Annual administration report of the Civil Veterinary Department of India - 1893-1894
Year: 1893
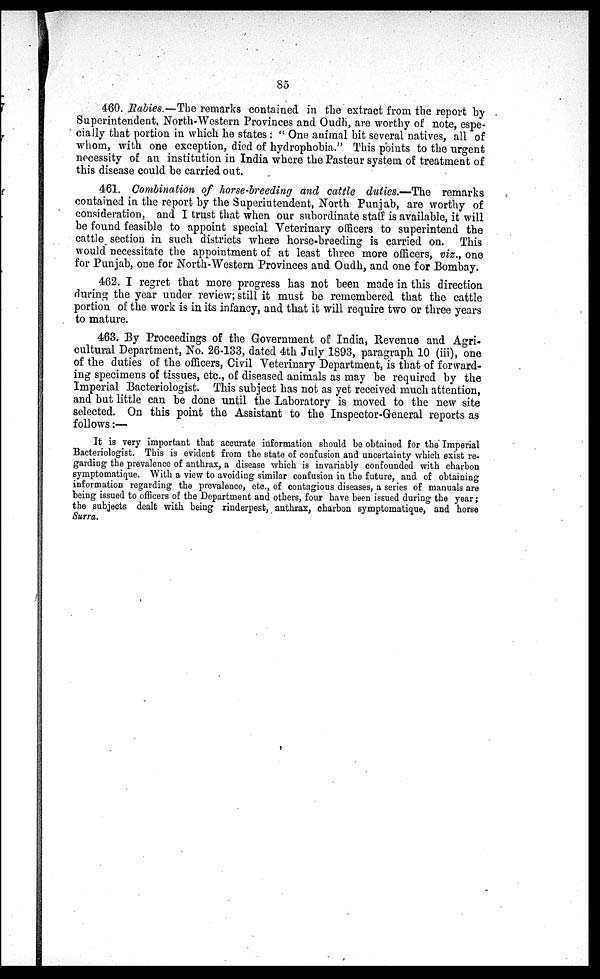
85
460. Rabies.—The remarks contained in the extract from the report by
Superintendent, North-Western Provinces and Oudh, are worthy of note, espe-
cially that portion in which he states : " One animal bit several natives, all of
whom, with one exception, died of hydrophobia." This points to the urgent
necessity of an institution in India where the Pasteur system of treatment of
this disease could be carried out.
461. Combination of horse-breeding and cattle duties.—The remarks
contained in the report by the Superintendent, North Punjab, are worthy of
consideration, and I trust that when our subordinate staff is available, it will
be found feasible to appoint special Veterinary officers to superintend the
cattle section in such districts where horse-breeding is carried on. This
would necessitate the appointment of at least three more officers, viz., one
for Punjab, one for North-Western Provinces and Oudh, and one for Bombay.
462. I regret that more progress has not been made in this direction
during the year under review; still it must be remembered that the cattle
portion of the work is in its infancy, and that it will require two or three years
to mature.
463. By Proceedings of the Government of India, Revenue and Agri-
cultural Department, No. 26-133, dated 4th July 1893, paragraph 10 (iii), one
of the duties of the officers, Civil Veterinary Department, is that of forward-
ing specimens of tissues, etc., of diseased animals as may be required by the
Imperial Bacteriologist. This subject has not as yet received much attention,
and but little can be done until the Laboratory is moved to the new site
selected. On this point the Assistant to the Inspector-General reports as
follows:—
It is very important that accurate information should be obtained for the Imperial
Bacteriologist. This is evident from the state of confusion and uncertainty which exist re-
garding the prevalence of anthrax, a disease which is invariably confounded with charbon
symptomatique. With a view to avoiding similar confusion in the future, and of obtaining
information regarding the prevalence, etc., of contagious diseases, a series of manuals are
being issued to officers of the Department and others, four have been issued during the year;
the subjects dealt with being rinderpest, anthrax, charbon symptomatique, and horse
Surra.